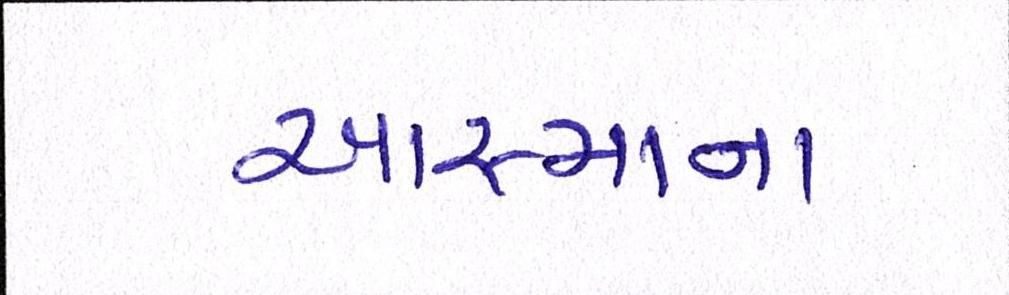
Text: આસ્માના